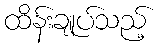
ထိန်းချုပ်သည့်